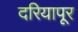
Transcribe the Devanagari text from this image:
दरियापूर